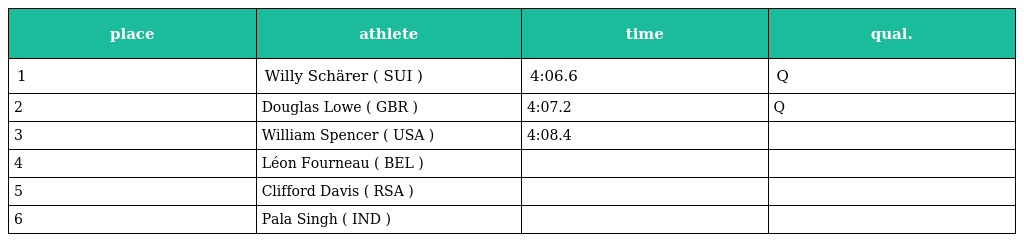
| place | athlete | time | qual. |
 | --- | --- | --- | --- |
 | 1 | Willy Schärer ( SUI ) | 4:06.6 | Q |
 | 2 | Douglas Lowe ( GBR ) | 4:07.2 | Q |
 | 3 | William Spencer ( USA ) | 4:08.4 |  |
 | 4 | Léon Fourneau ( BEL ) |  |  |
 | 5 | Clifford Davis ( RSA ) |  |  |
 | 6 | Pala Singh ( IND ) |  |  |